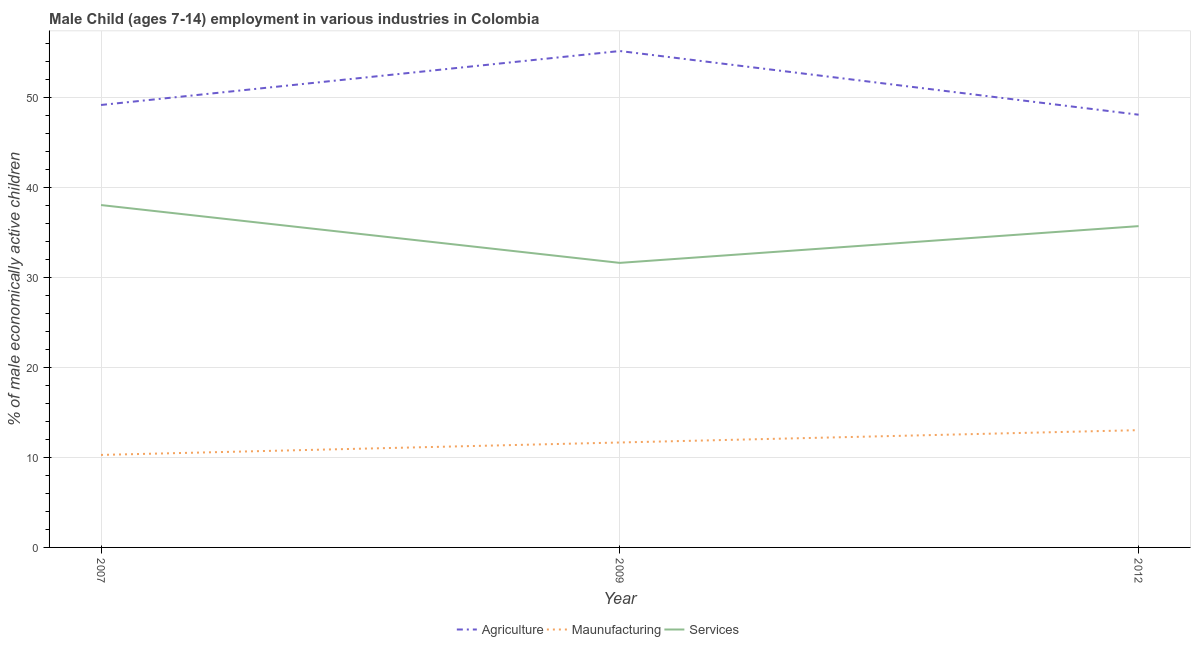
| Year | Agriculture | Maunufacturing | Services |
 | --- | --- | --- | --- |
 | 2007 | 49.1 | 10.3 | 38 |
 | 2009 | 55.1 | 11.7 | 31.6 |
 | 2012 | 48 | 13 | 35.7 |